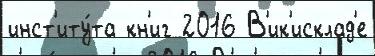
инст'иту́та кн'иг 2016 В'ик'исклад'е